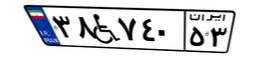
۳۸W۷۴۰۵۳